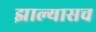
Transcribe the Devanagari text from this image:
झाल्यासच